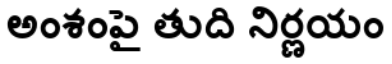
అంశంపై తుది నిర్ణయం